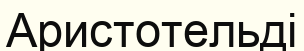
Аристотельді